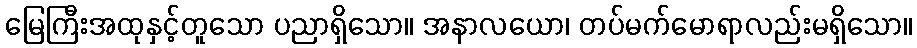
မြေကြီးအထုနှင့်တူသော ပညာရှိသော။ အနာလယော၊ တပ်မက်မောရာလည်းမရှိသော။